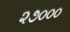
૨૭૦૦૦